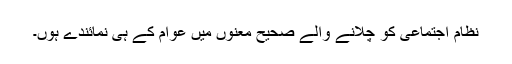
نظامِ اجتماعی کو چلانے والے صحیح معنوں میں عوام کے ہی نمائندے ہوں۔